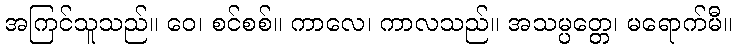
အကြင်သူသည်။ ဝေ၊ စင်စစ်။ ကာလေ၊ ကာလသည်။ အသမ္ပတ္တေ၊ မရောက်မီ။